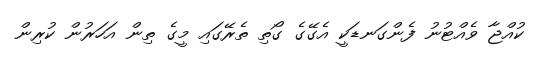
ކުއްޖާ ވެއްޓުނު ފެންގަނޑަކީ އެގޭގެ ގޯތި ތެރޭގައި މީގެ ތިން އަހަރުން ކުރިން